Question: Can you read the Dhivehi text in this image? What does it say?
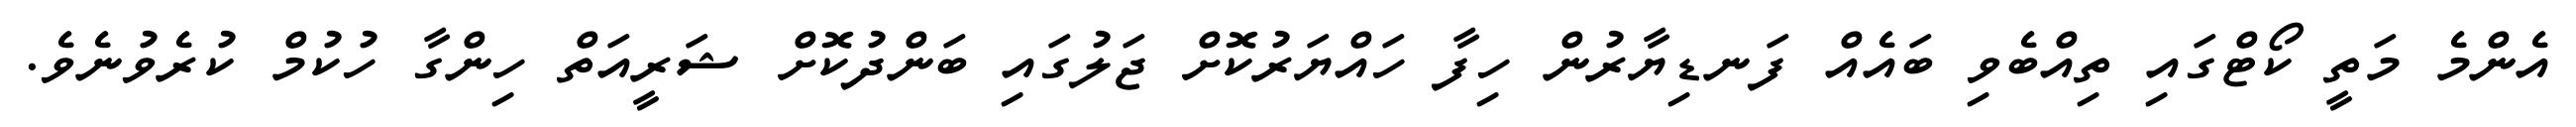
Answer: އެންމެ މަތީ ކޯޓްގައި ތިއްބެވި ބައެއް ފަނޑިޔާރުން ހިފާ ހައްޔަރުކޮށް ޖަލުގައި ބަންދުކޮށް ޝަރީއަތް ހިންގާ ހުކުމް ކުރެވުނެވެ.